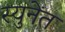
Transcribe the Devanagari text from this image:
स्युनेंत